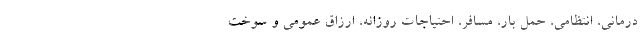
درمانی، انتظامی، حمل بار، مسافر، احتیاجات روزانه، ارزاق عمومی و سوخت